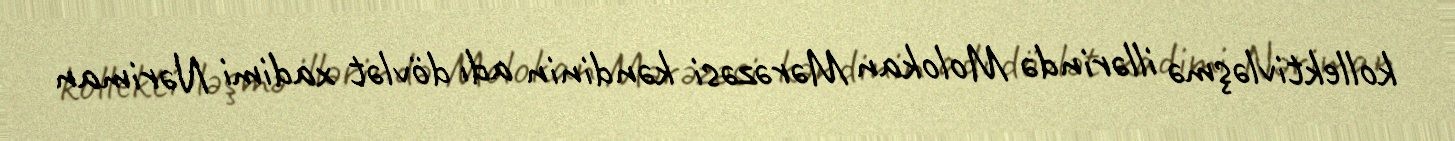
kollektivləşmə illərində Molokan Mərəzəsi kəndinin adı dövlət xadimi Nəriman